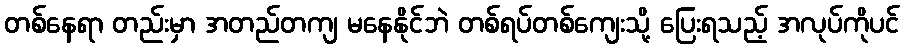
တစ်နေရာ တည်းမှာ အတည်တကျ မနေနိုင်ဘဲ တစ်ရပ်တစ်ကျေးသို့ ပြေးရသည့် အလုပ်ကိုပင်